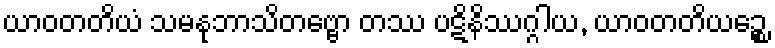
ယာဝတတိယံ သမနုဘာသိတဗ္ဗော တဿ ပဋိနိဿဂ္ဂါယ, ယာဝတတိယဉ္စေ